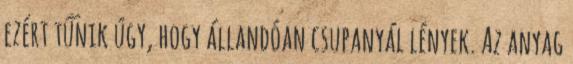
ezért tűnik úgy, hogy állandóan csupanyál lények. Az anyag